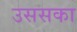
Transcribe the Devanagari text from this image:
उससका